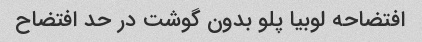
افتضاحه لوبیا پلو بدون گوشت در حد افتضاح